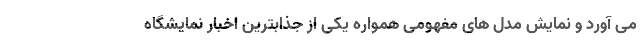
می آورد و نمایش مدل های مفهومی همواره یکی از جذابترین اخبار نمایشگاه